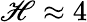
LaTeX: \mathscr{H}\approx4